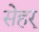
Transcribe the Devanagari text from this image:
सेहर्